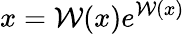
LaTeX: x=\mathcal{W}(x)e^{\mathcal{W}(x)}